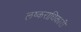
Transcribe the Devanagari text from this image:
लष्कराधिकारी